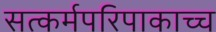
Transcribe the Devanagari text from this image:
सत्कर्मपरिपाकाच्च